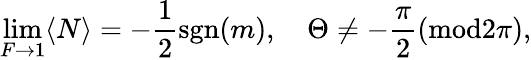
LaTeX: \operatorname*{lim}_{F\to 1}\langle N\rangle=-{\frac{1}{2}}\mathrm{sgn}(m),\quad\Theta\neq-\frac{\pi}{2}(\mathrm{mod}2\pi),